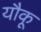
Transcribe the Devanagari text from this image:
यौकू